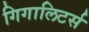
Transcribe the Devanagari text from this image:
गिगालिटर्स